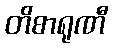
တိစာရုဏီ